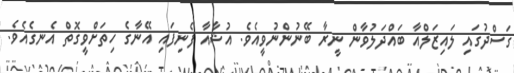
ގަސްދުގައި ލައިޒަލްއާ ބައްދަލުވާން ނީރާ ބޭނުންނުވީއެވެ. އުޝާއާ ފެނިފައި އޭނާގެ ހިތަށްވީގޮތް އެނގެއެވެ.